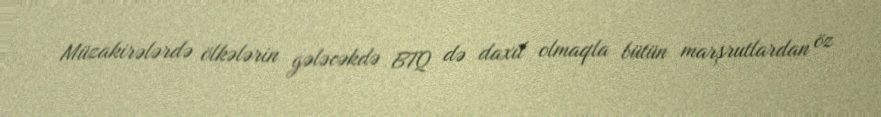
Müzakirələrdə ölkələrin gələcəkdə BTQ də daxil olmaqla bütün marşrutlardan öz